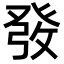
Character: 𤼲